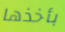
بأخذها